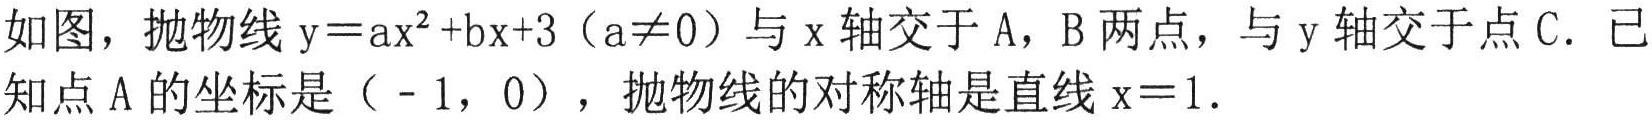
如图，抛物线\(y = ax^{2}+bx + 3(a\neq0)\)与\(x\)轴交于\(A\)，\(B\)两点，与\(y\)轴交于点\(C\). 已知点\(A\)的坐标是\(( - 1,0)\)，抛物线的对称轴是直线\(x = 1\).